King Institute of Preventive Medicine Micro-Biological Section reports 1909-11
Year: 1909
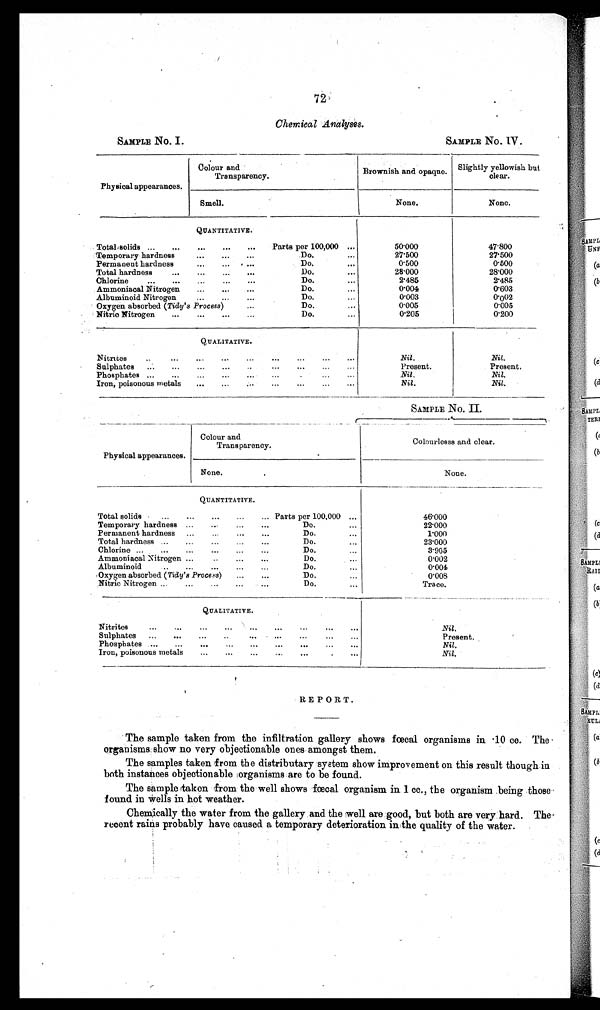
72
Chemical Analyses.
SAMPLE No. I.
SAMPLE No. IV.
Physical appearances.
Colour and
Transparency.
Brownish and o p a q u e
. Slightly yellowish but
clear.
None.
N o n e .
Smell.
QUANTITATIVE.
Total solids ...
...
...
...
...
Parts per 100,000 ...
Temporary hardness
...
...
Do.
...
Permanent hardness
...
... ....
Do.
...
Total hardness
...
...
...
...
Do.
...
Chlorine
...
...
...
...
Do.
Ammoniacal Nitrogen
...
...
...
Do.
...
Albuminoid Nitrogen
...
...
...
Do.
...
Oxygen absorbed (Tidy's Process)
...
Do.
...
Nitric Nitrogen ... ... ... ... Do. ...
50.000 7.500
0.500
2.000
2.485
0 . 0 0 4
0.003
0.005
0.205
47800
2 7 . 5 0 0
0.500
2 8 . 0 0 0
2.485
0.603
0.002
0.005
0.200
QUALITATIVE.
Nitrites..
...
...
...
...
...
...
...
Sulphates ...
...
...
...
..
...
...
...
...
Phosphates ...
...
...
...
..,
...
...
Iron, poisonous metals
...
...
...
...
...
...
Nil.
Present.
Nil.
Nil.
Nil,.
Present.
Nil.
Nil.
SAMPLE No. II.
—
-
Physical appearances.
Colour and
Transparency.
Colourlesss and clear.
None.
None.
QUANTITATIVE.
Total solids
...
...
...
...
... Parts per 100,000 ...
Temporary hardness
...
...
Do.
...
Permanent hardness ...
...
Do.
. . .
Totalhardness ...
...
...
...
...
Do.
...
Chlorine...
...
...
...
...
...
Do.
Ammoniacal Nitrogen ...
. . .. . Do.
Albuminoid
..
...
...
...
...
Do.
...
Oxygen absorbed (Tidy's Process) ... ... Do. ...
Nitric Nitrogen ..
...
...
...
Do.
. . I
46.000
22.000
1.000
23.000
3.905
0.002
0.004
0.008
Trace.
QUALITATIVE.
Nitrites...
...
...
...
...
...
...
...
...
Sulphates...
...
...
...
...
...
...
..
Phosphates
...
...
...
„.
...
...
. .
Iron, poisonous metals
...
...
...
...
....
Nil.
Present.
Nil.
Nil.
REPORT.
The sample taken from the infiltration gallery shows faecal organisms in -10 cc. The .
organisms; show no very objectionable ones amongst them.
The samples taken from the distributary system show improvement on this result though in
both instances objectionable organisms are to be found.
The sample taken from the well shows faecal organism in 1 cc., the organism being those
found in wells in hot weather.
Chemically the water from the gallery and the well are good, but both are very hard.
The recent rains probably have caused a temporary deterioration in the quality of the water.